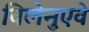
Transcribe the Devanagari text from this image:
विलेनुएवे